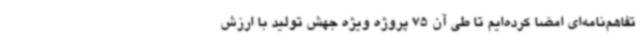
تفاهم‌نامه‌ای امضا کرده‌ایم تا طی آن 75 پروژه ویژه جهش تولید با ارزش